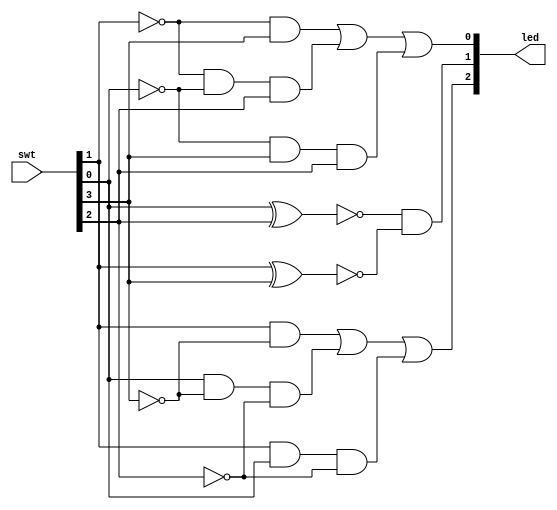
`timescale 1ns / 1ps
//////////////////////////////////////////////////////////////////////////////////
// Company: 
// Engineer: 
// 
// Design Name: 
// Module Name: twobit_comparator
// Project Name: 
// Target Devices: 
// Tool Versions: 
// Description: 
// 
// Dependencies: 
// 
// Revision:
// Revision 0.01 - File Created
// Additional Comments:
// 
//////////////////////////////////////////////////////////////////////////////////


module twobit_comparator(
    input [3:0] swt,
    output [2:0] led
    );
    
    wire [1:0] a, b ;
    wire G, E, L;
    
    //In Verilog, can only access 1 element at a time. Large assignments should be 
    //handled in for loop
    assign a[0] = swt[0];
    assign a[1] = swt[1];
    assign b[0] = swt[2];
    assign b[1] = swt[3];
    
    assign G = (a[1]&!b[1]) | (a[0]&!b[1]&!b[0]) | (a[1]&a[0]&!b[0]);
    assign E = !(a[0]^b[0]) & !(a[1]^b[1]);
    assign L = (!a[1]&b[1]) | (!a[1]&!a[0]&b[0]) | (!a[0]&b[1]&b[0]);
   
   assign led[2] = G;
   assign led[1] = E;
   assign led[0] = L;
    
endmodule